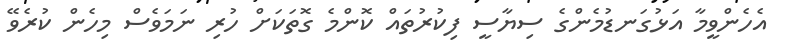
އެހެންވީމާ އަޅުގަނޑުމެންގެ ސިޔާސީ ފިކުރުތައް ކޮންމެ ގޮތަކަށް ހުރި ނަމަވެސް މިހެން ކުރެވޭ